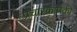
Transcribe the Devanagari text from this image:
प्रचारकांपैकी